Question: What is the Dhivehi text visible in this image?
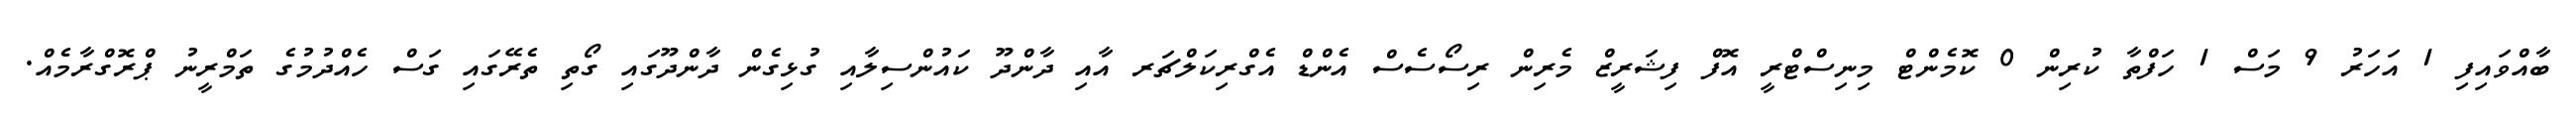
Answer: ބާއްވައިފި 1 އަހަރު 9 މަސް 1 ހަފްތާ ކުރިން 0 ކޮމެންޓް މިނިސްޓްރީ އޮފް ފިޝަރީޒް މެރިން ރިސޯސެސް އެންޑް އެގްރިކަލްޗަރ އާއި ދާންދޫ ކައުންސިލާއި ގުޅިގެން ދާންދޫގައި ގޯތި ތެރޭގައި ގަސް ހެއްދުމުގެ ތަމްރީނު ޕްރޮގްރާމެއް.